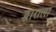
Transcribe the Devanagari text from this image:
द्वाराला